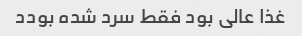
غذا عالی بود فقط سرد شده بودد